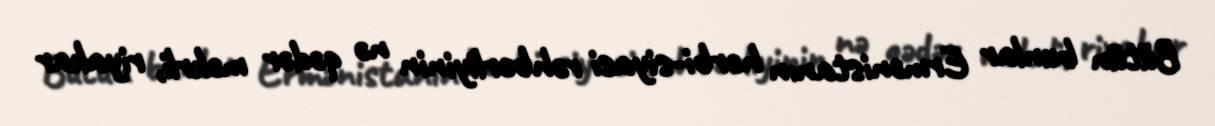
Bütün bunlar Ermənistanın hərbi-siyasi rəhbərliyinin nə qədər məkrli, riyakar